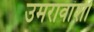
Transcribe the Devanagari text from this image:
उमरावांशी